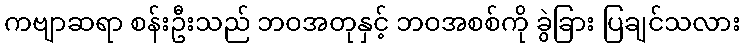
ကဗျာဆရာ စန်းဦးသည် ဘဝအတုနှင့် ဘဝအစစ်ကို ခွဲခြား ပြချင်သလား